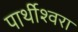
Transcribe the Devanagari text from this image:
पार्थीश्‍वरा